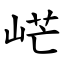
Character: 㟐